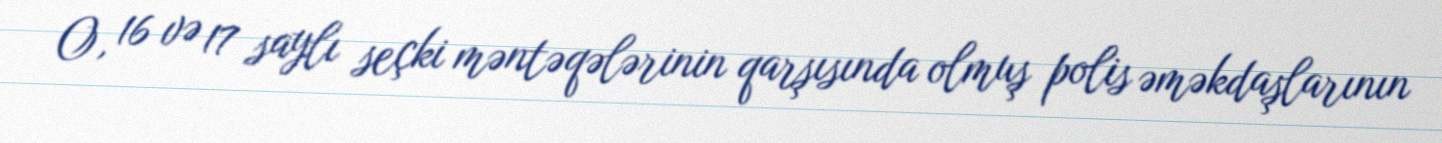
O, 16 və 17 saylı seçki məntəqələrinin qarşısında olmuş polis əməkdaşlarının